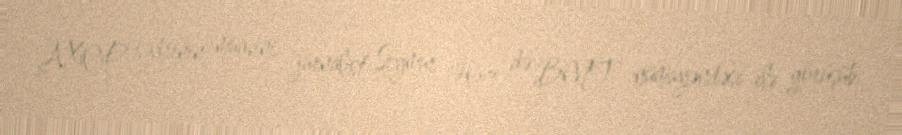
AXCP sədrinin müavini, jurnalist Seymur Həzi də BMT nümayəndəsi ilə görüşüb.